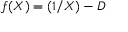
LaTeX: f ( X ) = ( 1 / X ) - D